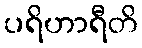
ပရိဟာရီတိ